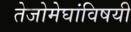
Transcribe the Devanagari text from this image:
तेजोमेघांविषयी